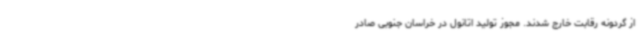
از گردونه رقابت خارج شدند. مجوز تولید اتانول در خراسان جنوبی صادر